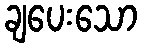
ချပေးသော